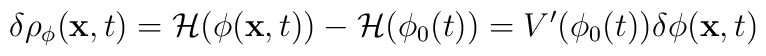
\delta \rho_{\phi}({\bf x}, t)= {\cal H}(\phi({\bf x},t)) -{\cal H}(\phi_0(t))=V'(\phi_0(t)) \delta \phi({\bf x}, t)